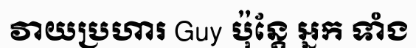
វាយប្រហារ Guy ប៉ុន្តែ អ្នក ទាំង